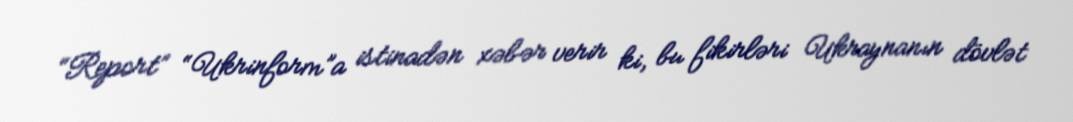
“Report” “Ukrinform”a istinadən xəbər verir ki, bu fikirləri Ukraynanın dövlət